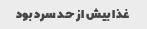
غذا بیش از حد سرد بود